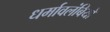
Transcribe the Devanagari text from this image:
धर्मावलंबियो